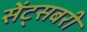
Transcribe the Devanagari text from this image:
सेंट्सबरी